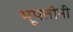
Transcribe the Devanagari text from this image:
भूपतीनी